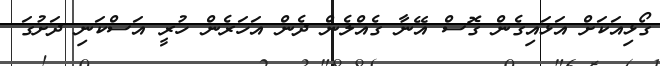
ގޯޅިއަކަށް އަޅައިގެން ގޮސް އޭނާ ގެއްލެން ދެން އަހަރެން ހުރީ އަސްކަނި ދަށުގަ